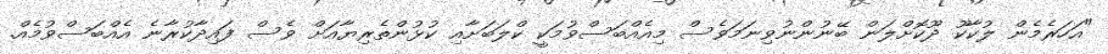
"އަހަރެމެން ލުކާކޫ ދޫކޮށްލަން ބޭނުންނުވިނަމަވެސް މިއެއްބަސްވުމަކީ ކްލަބަށާއި ކުޅުންތެރިޔާއަށް ވެސް ފައިދާކުރާނެ އެއްބަސްވުމެއް.